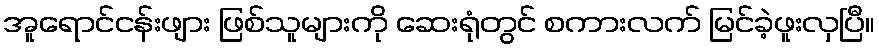
အူရောင်ငန်းဖျား ဖြစ်သူများကို ဆေးရုံတွင် စကားလက် မြင်ခဲ့ဖူးလှပြီ။